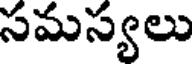
సమస్యలు